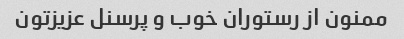
ممنون از رستوران خوب و پرسنل عزیزتون